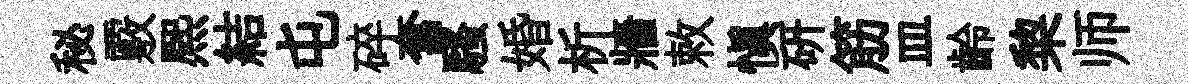
秘覈熈結屯碎奮騷婚析牆敕愼硏筋皿齡棃师